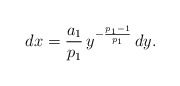
\begin{align*}dx = \frac{a_1}{p_1} \, y^{- \frac{p_1 - 1}{p_1}} \, dy.\end{align*}